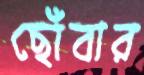
ছোঁবার